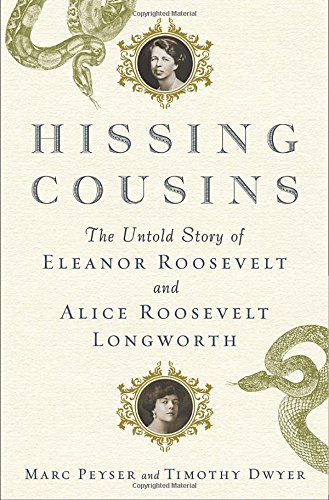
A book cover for Hissing Cousins: The Untold Story of Eleanor Roosevelt and Alice Roosevelt Longworth; Marc Peyser; Biographies & Memoirs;